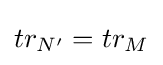
tr_{N'}=tr_{M}